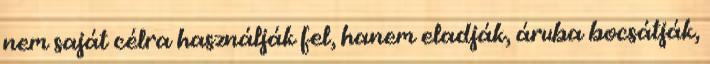
nem saját célra használják fel, hanem eladják, áruba bocsátják,